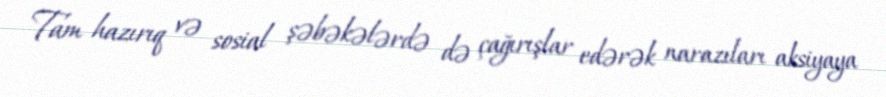
Tam hazırıq və sosial şəbəkələrdə də çağırışlar edərək narazıları aksiyaya